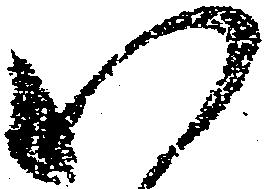
い